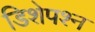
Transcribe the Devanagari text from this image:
डिशेपश्न